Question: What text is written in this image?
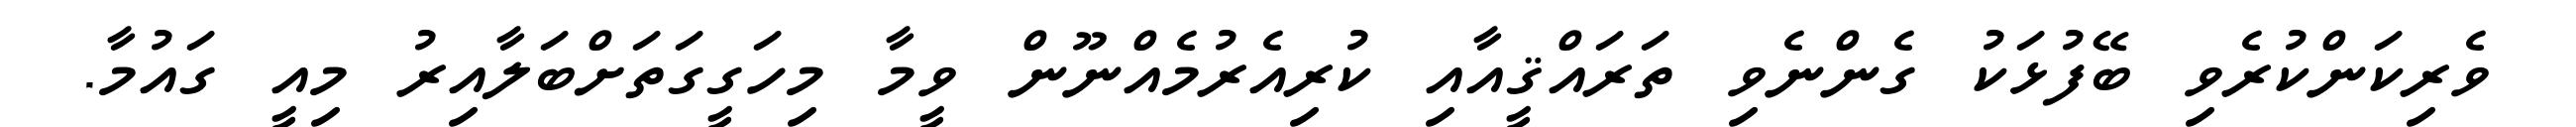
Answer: ވެރިކަންކުރެވި ބޭފުޅަކު ގެންނެވި ތަރައްޤީއާއި ކުރިއެރުމެއްނޫން ވީމާ މިހަގީގަތަށްބަލާއިރު މިއީ ގައުމާ.